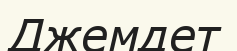
Джемдет